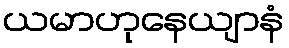
ယမာဟုနေယျာနံ